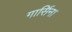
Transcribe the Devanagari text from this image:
गार्सिना